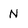
Character: N